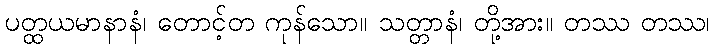
ပတ္ထယမာနာနံ၊ တောင့်တ ကုန်သော။ သတ္တာနံ၊ တို့အား။ တဿ တဿ၊